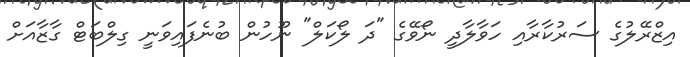
އިޒްރޭލުގެ ސަރުކާރާއި ހަވާލާދީ ނޯވޭގެ "ދަ ލޯކަލް" ނޫހުން ބުނެފައިވަނީ ގިލްބަޓް ގާޒާއަށް